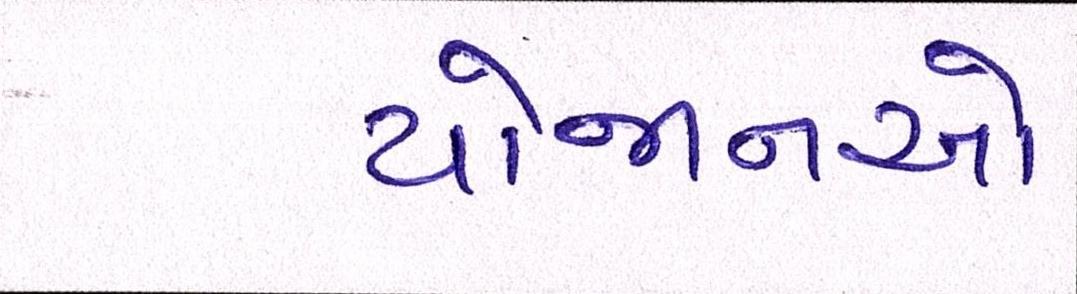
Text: યોજાનઓ